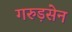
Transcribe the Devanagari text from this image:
गरुड़सेन